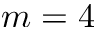
m = 4